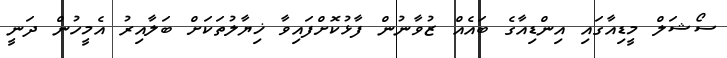
ސޯޝަލް މީޑިއާގައި އިންޑިއާގެ ބައެއް ޒުވާނުން ފާޅުކޮށްފައިވާ ޚިޔާލުތަކަށް ބަލާއިރު އެމީހުން ދަނީ